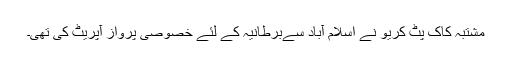
مشتبہ کاک پٹ کریو نے اسلام آباد سےبرطانیہ کے لئے خصوصی پرواز آپریٹ کی تھی۔